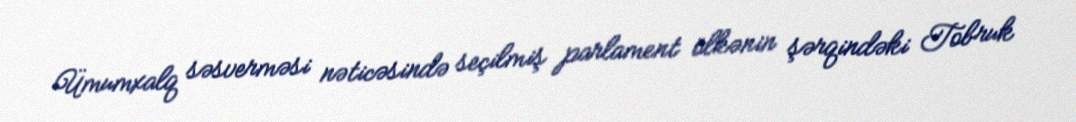
Ümumxalq səsverməsi nəticəsində seçilmiş parlament ölkənin şərqindəki Tobruk